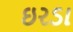
ઇરડા